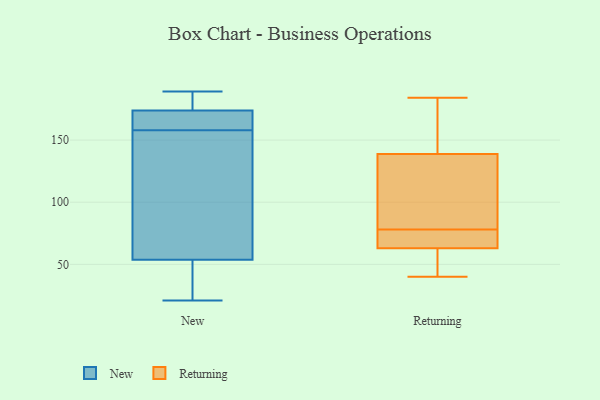
{"axis": {"x": "Tickets Resolved", "y": "Value"}, "legend": ["New", "Returning"], "data": [{"x": "", "y": 179, "type": "New"}, {"x": "", "y": 21, "type": "New"}, {"x": "", "y": 172, "type": "New"}, {"x": "", "y": 165, "type": "New"}, {"x": "", "y": 55, "type": "New"}, {"x": "", "y": 50, "type": "New"}, {"x": "", "y": 180, "type": "New"}, {"x": "", "y": 158, "type": "New"}, {"x": "", "y": 189, "type": "New"}, {"x": "", "y": 93, "type": "New"}, {"x": "", "y": 24, "type": "New"}, {"x": "", "y": 108, "type": "New"}, {"x": "", "y": 168, "type": "New"}, {"x": "", "y": 68, "type": "Returning"}, {"x": "", "y": 137, "type": "Returning"}, {"x": "", "y": 78, "type": "Returning"}, {"x": "", "y": 130, "type": "Returning"}, {"x": "", "y": 91, "type": "Returning"}, {"x": "", "y": 118, "type": "Returning"}, {"x": "", "y": 144, "type": "Returning"}, {"x": "", "y": 40, "type": "Returning"}, {"x": "", "y": 42, "type": "Returning"}, {"x": "", "y": 60, "type": "Returning"}, {"x": "", "y": 73, "type": "Returning"}, {"x": "", "y": 149, "type": "Returning"}, {"x": "", "y": 184, "type": "Returning"}, {"x": "", "y": 73, "type": "Returning"}, {"x": "", "y": 154, "type": "Returning"}, {"x": "", "y": 64, "type": "Returning"}, {"x": "", "y": 48, "type": "Returning"}]}